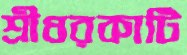
শ্রীধরকাটি